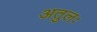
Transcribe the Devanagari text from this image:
अतुलः